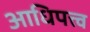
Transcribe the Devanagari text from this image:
आधिपत्त्व